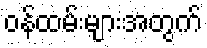
ဝန်ထမ်းများအတွက်